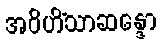
အဝိဟိံသာဆန္ဒော